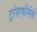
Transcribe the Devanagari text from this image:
ट्रांसफौर्मर्स